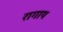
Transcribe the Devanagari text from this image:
रागाय